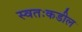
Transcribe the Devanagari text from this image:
स्वतःकडील